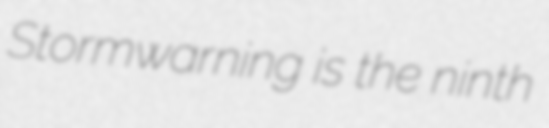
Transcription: Stormwarning is the ninth